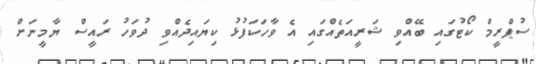
ސުޕްރީމް ކޯޓުގައި ބޭއްވި ޝަރީއަތެއްގައި އެ ވާހަކަފުޅު ކިޔައިދެއްވި ދުވަހު ރައީސް ޔާމީނަށް